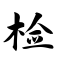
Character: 检